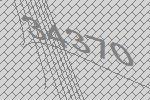
34370